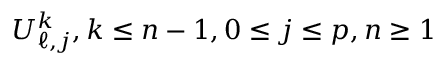
U _ { \ell , j } ^ { k } , k \le n - 1 , 0 \le j \le p , n \ge 1